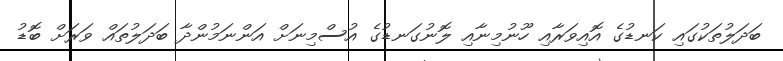
ބަދަލުތަކުގައި ކަނޑުގެ އޮއިވަރާއި ހޫނުމިނާއި ލޮނުގަނޑުގެ އުސްމިނަށް އަންނަމުންދާ ބަދަލުތައް ވަރަށް ބޮޑު